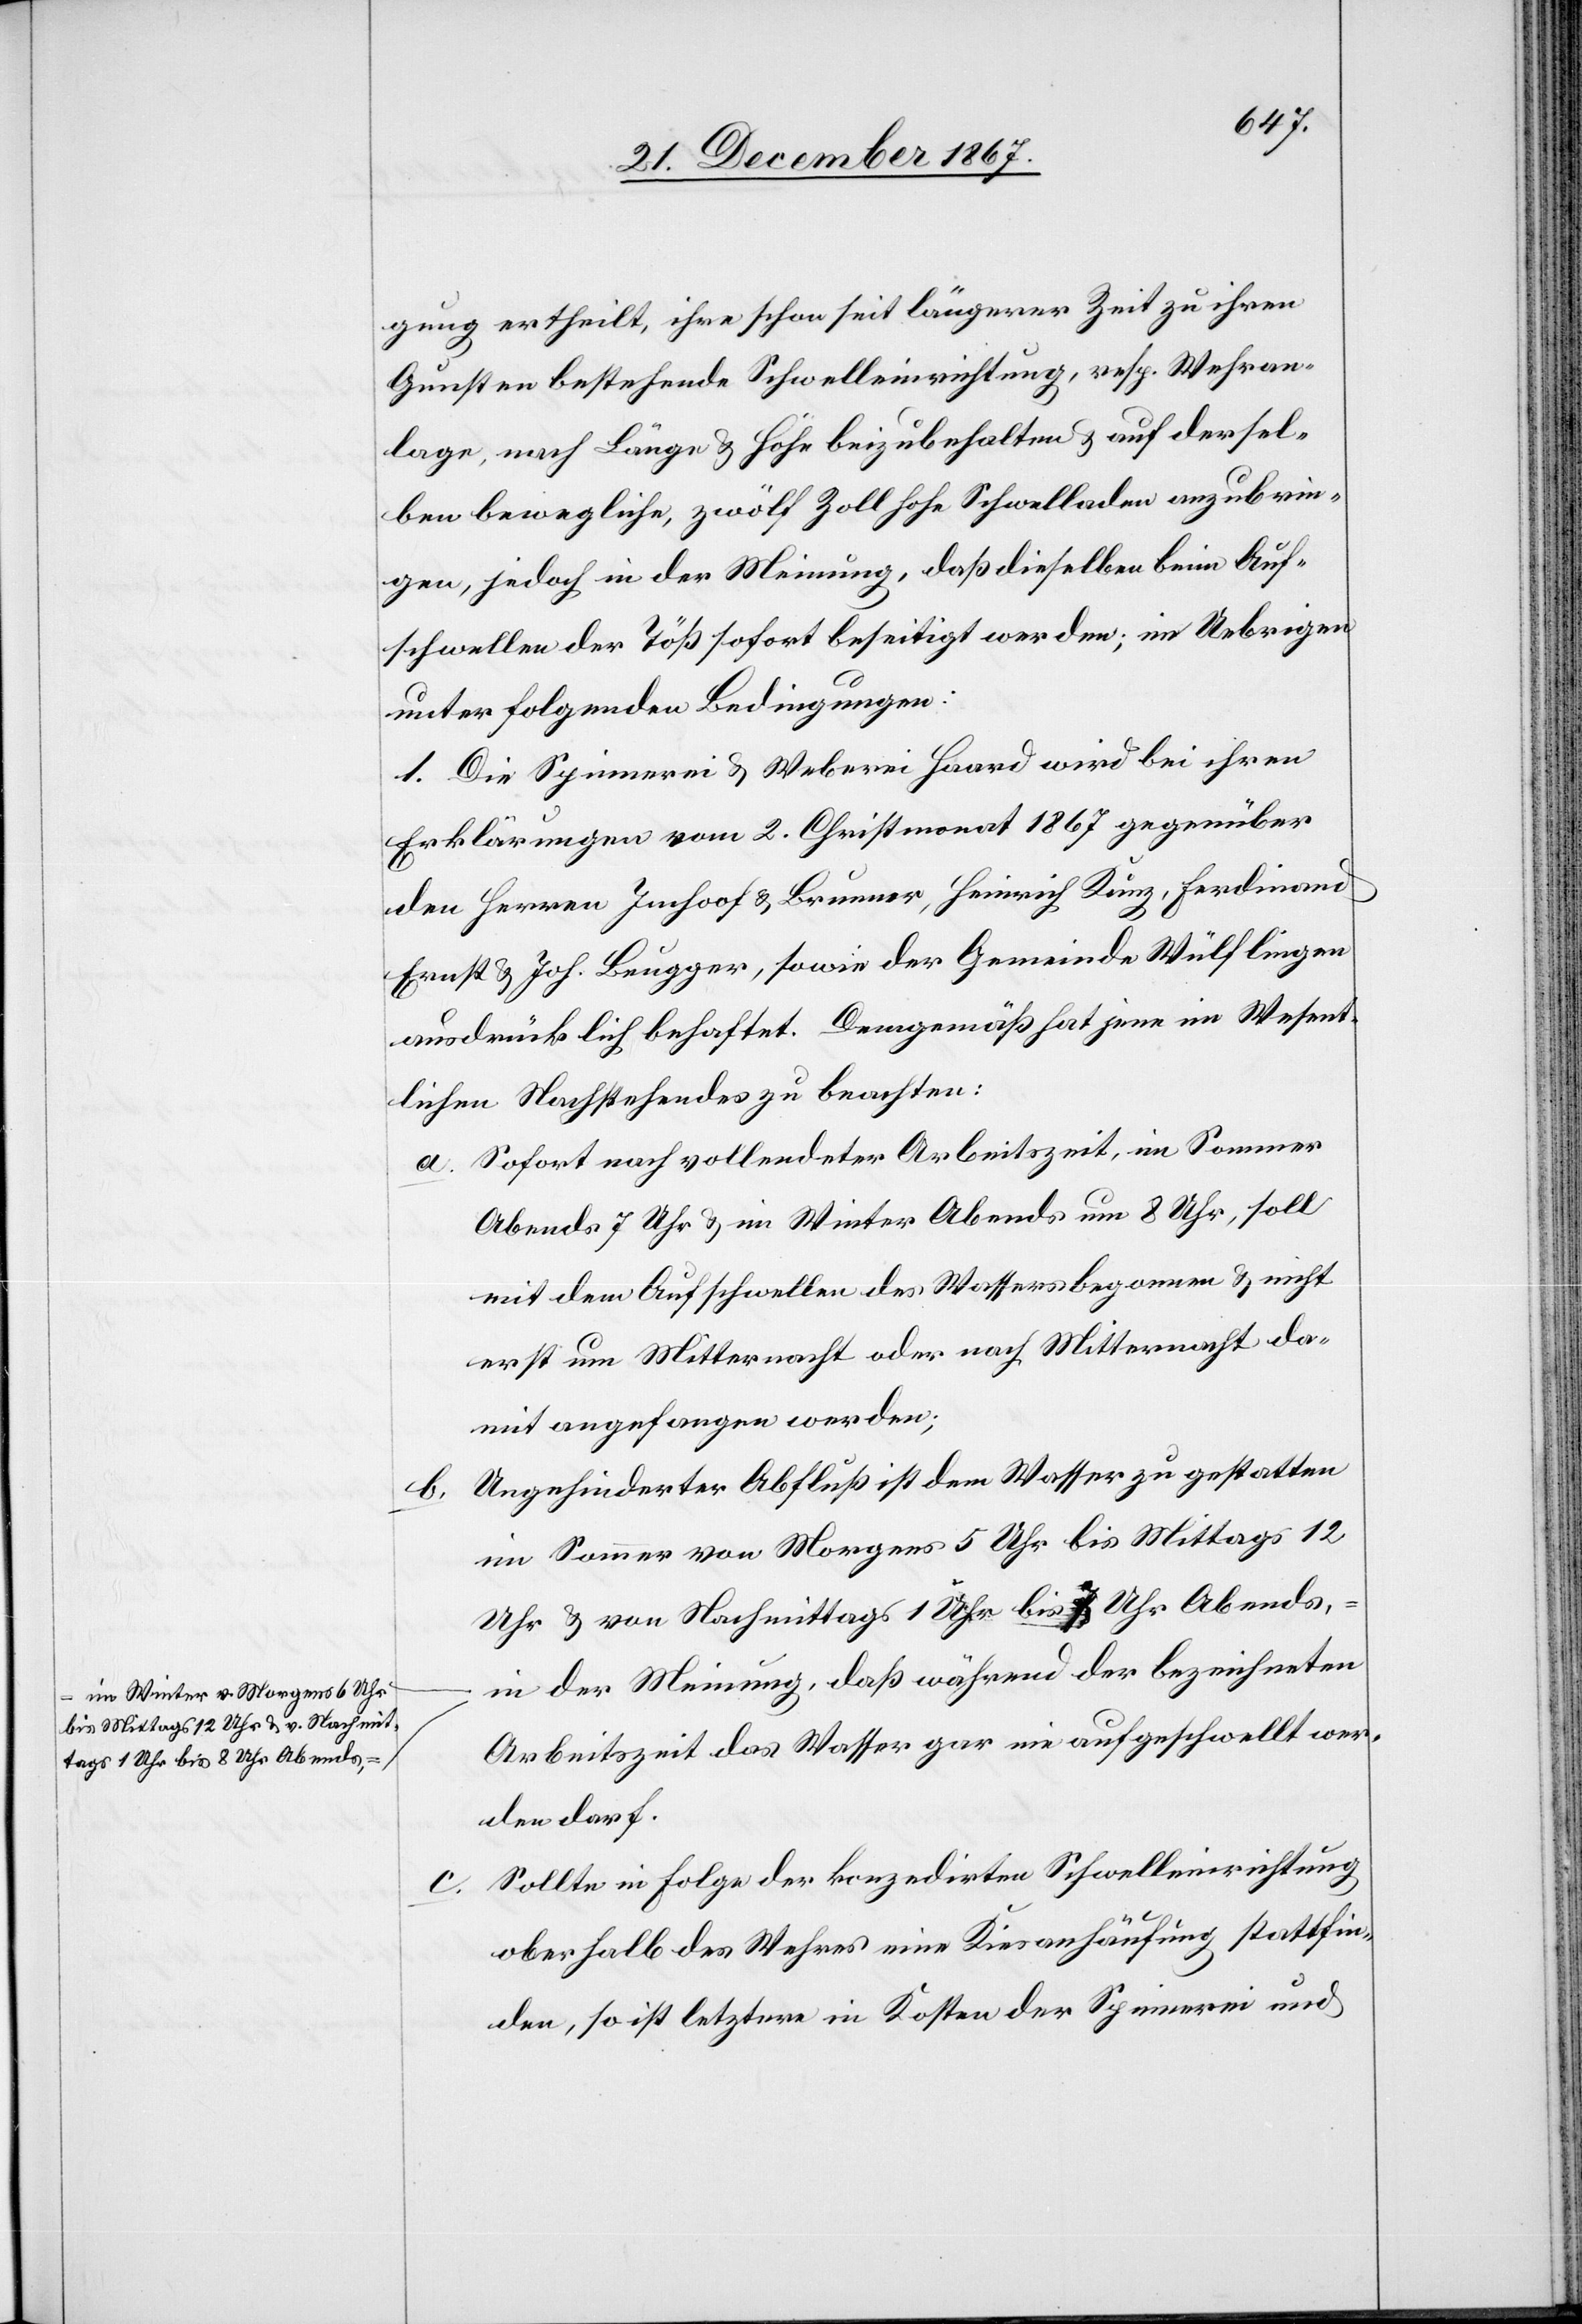
im Winter v. Morgens 6 Uhr
bis Mittags 12 Uhr u. v. Nachmit¬
tags 1 Uhr bis 8 Uhr Abends,

gung ertheilt, ihre schon seit längerer Zeit zu ihren
Gunsten bestehende Schwelleinrichtung, resp. Wehran¬
lage, nach Länge u. Höhe beizubehalten u. auf der sel¬
ben bewegliche, zwölf Zoll hohe Schwelladen anzubrin¬
gen, jedoch in der Meinung, daß dieselben beim Auf¬
schwellen der Töß sofort beseitigt werden; im Uebrigen
unter folgenden Bedingungen:
1. Die Spinnerei u. Weberei Haard wird bei ihren
Erklärungen vom 2. Christmonat 1867 gegenüber
den Herren Imhoof u. Brunner, Heinrich Künz, Ferdinand
Ernst u. Joh. Beugger, sowie der Gemeinde Wülflingen
ausdrücklich behaftet. Demgemäß hat jene im Wesent¬
lichen Nachstehendes zu beachten:
a. Sofort nach vollendeter Arbeitszeit, im Sommer
Abends 7 Uhr u. im Winter Abends um 8 Uhr, soll
mit dem Aufschwellen des Wassers begonnen u. nicht
erst um Mitternacht oder nach Mitternacht da¬
mit angefangen werden;
b. Ungehinderter Abfluß ist dem Wasser zu gestatten
im Sommer von Morgens 5 Uhr bis Mittags 12
–
Uhr u. von Nachmittags 1 Uhr bis 7 Uhr Abends,
in der Meinung, daß während der bezeichneten
Arbeitszeit das Wasser gar nie aufgeschwellt wer¬
den darf.
Sollte in Folge der konzedirten Schwelleinrichtung
oberhalb des Wehres eine Kiesanhäufung stattfin¬
den, so ist letztere in Kosten der Spinnerei und